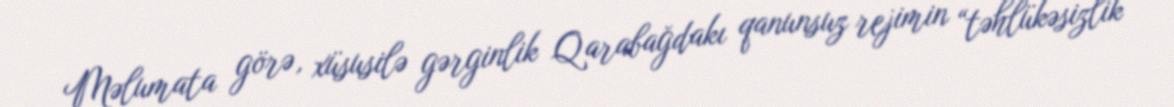
Məlumata görə, xüsusilə gərginlik Qarabağdakı qanunsuz rejimin “təhlükəsizlik